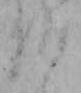
仏